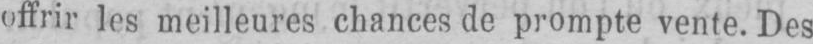
offrir les meilleures chances de prompte vente. Des